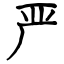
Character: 严